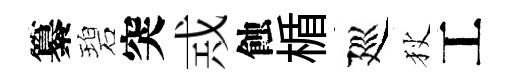
纂碧突𢦶蝕楯廵狄工